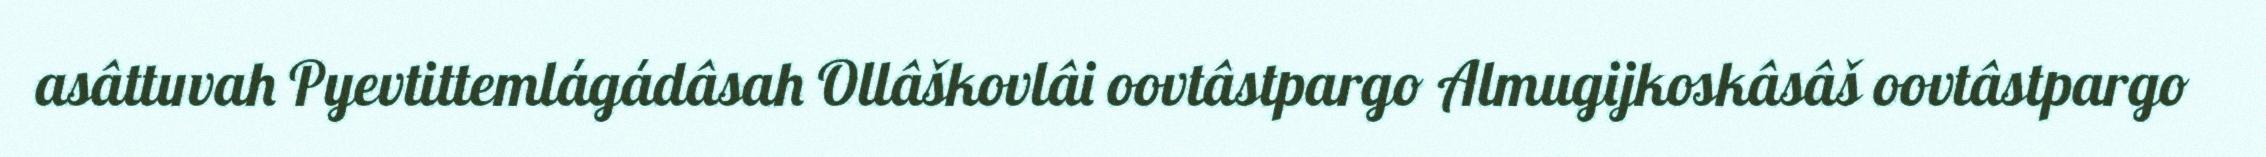
asâttuvah Pyevtittemlágádâsah Ollâškovlâi oovtâstpargo Almugijkoskâsâš oovtâstpargo